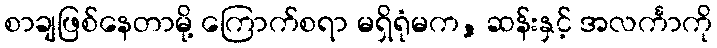
စာချဖြစ်နေတာမို့ ကြောက်စရာ မရှိရုံမက, ဆန်းနှင့် အလင်္ကာကို